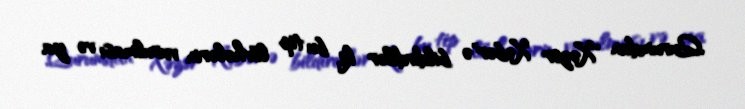
Qurumdan "Xəzər Xəbər"ə bildirdilər ki, bu tip lövhələrin vurulması və ya